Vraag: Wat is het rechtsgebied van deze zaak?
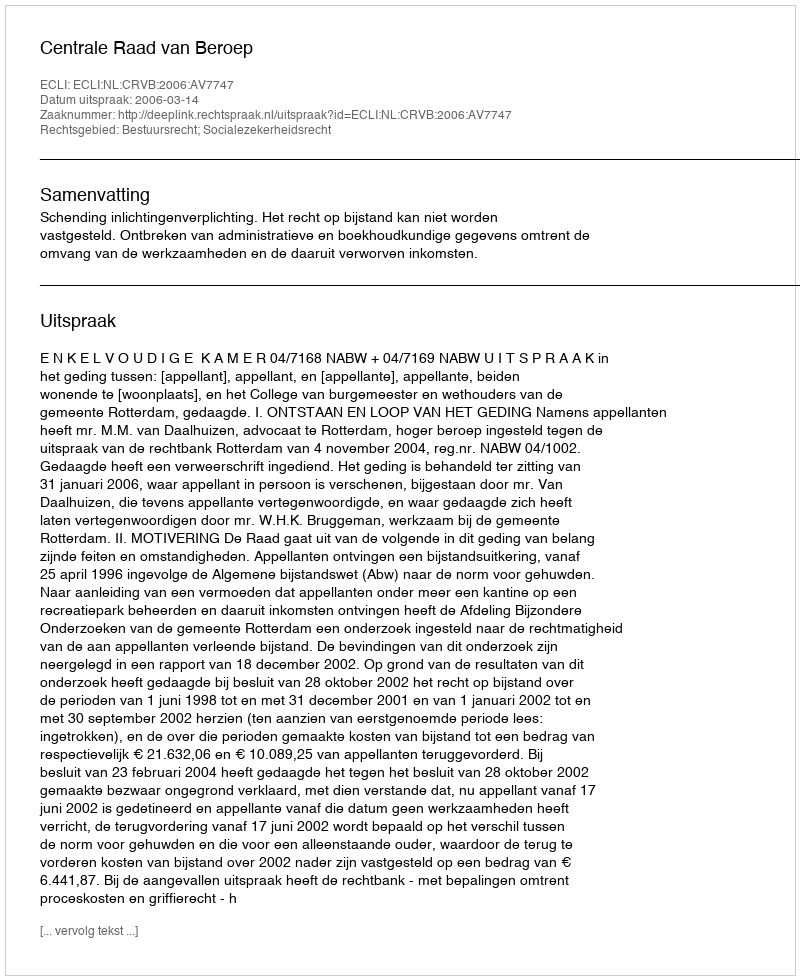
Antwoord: Bestuursrecht; Socialezekerheidsrecht